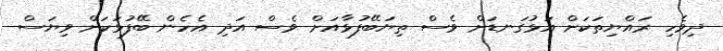
ދިވެހި ރައްޔިތަކަށް އަޅުގަނޑަށް ވެސް ތިޔަބޭފުޅާއަށް ވެސް އަދި އެހެން ބޭފުޅަކަށް ވިޔަސް